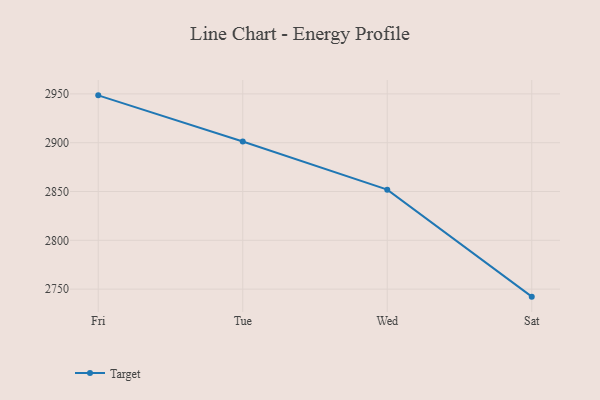
{"axis": {"x": "Day", "y": "Backlog"}, "legend": ["Target"], "data": [{"x": "Fri", "y": 2948.5, "type": "Target"}, {"x": "Tue", "y": 2901.3, "type": "Target"}, {"x": "Wed", "y": 2851.9, "type": "Target"}, {"x": "Sat", "y": 2742.3, "type": "Target"}]}